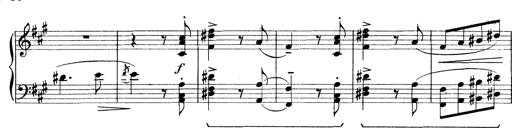
Title: Rapsodie: 19 ungheresi, 1 spagnuola
Composer: Franz Liszt